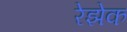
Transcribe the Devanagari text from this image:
रेझेक